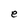
Character: e